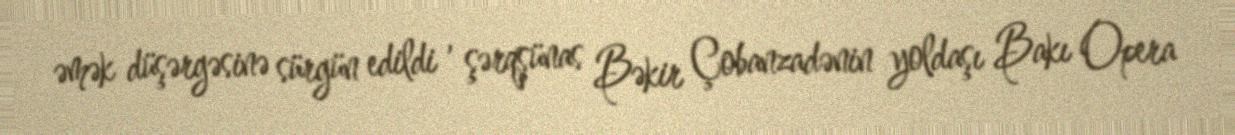
əmək düşərgəsinə sürgün edildi , şərqşünas Bəkir Çobanzadənin yoldaşı Bakı Opera